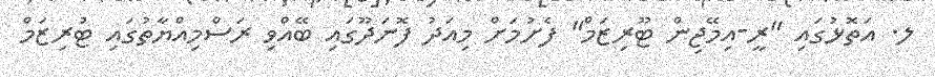
ލ. އަތޮޅުގައި "ރީ-އިމޭޖިން ޓޫރިޒަމް" ފެށުމަށް މިއަދު ފޮނަދޫގައި ބޭއްވި ރަސްމިއްޔާތުގައި ޓުރިޒަމް